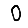
Digit: 0